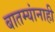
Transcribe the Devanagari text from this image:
बातम्यांनाही